Civil Veterinary Dept. Bombay admin report 1932-41 - 1932-1941
Year: 1932
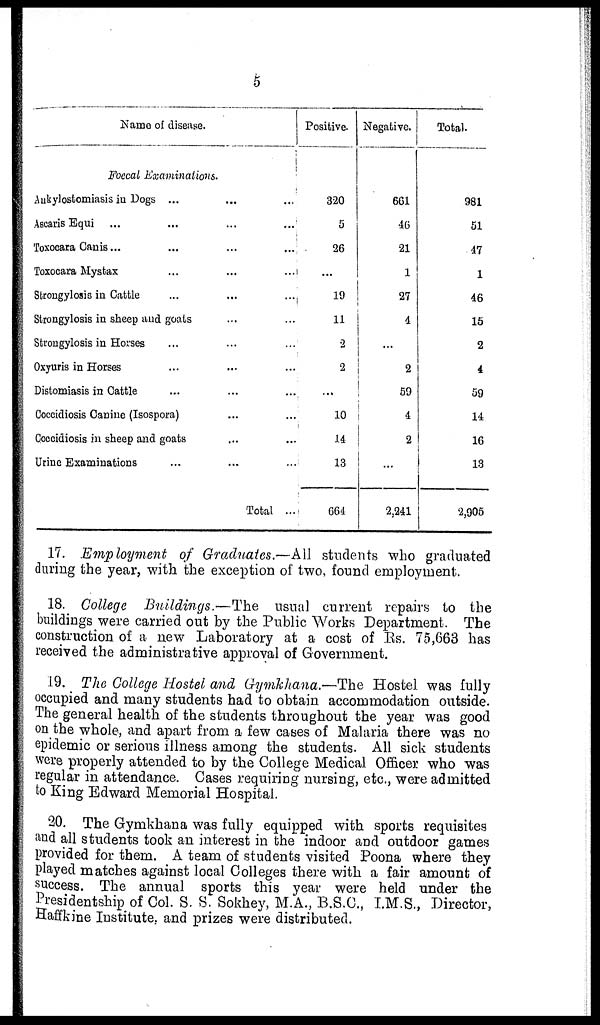
5
Name of disease.
Foccal Examinations.
Ankylostomiasis in Dogs ... ... ...
Ascaris Equi ... ... ... ...
Toxocara Canis ... ... ... ...
Toxocara Mystax ... ... ...
Strongylosis in Cattle ... ... ...
Strongylosis in sheep and goats ... ...
Strongylosis in Horses ... ... ...
Oxyuris in Horses ... ... ...
Distomiasis in Cattle ... ... ...
Coccidiosis Canine (Isospora) ... ...
Coccidiosis in sheep and goats ... ...
Urine Examinations ... ... ...
Total ...
Positive.
320
5
26
...
19
11
2
2
...
10
14
13
664
Negative.
661
46
21
1
27
4
...
2
59
4
2
...
2,241
Total.
981
51
47
1
46
15
2
4
59
14
16
13
2,905
17. Employment of Graduates.—All students who graduated
during the year, with the exception of two, found employment.
18. College Buildings.—The usual current repairs to the
buildings were carried out by the Public Works Department. The
construction of a new Laboratory at a cost of Rs. 75,663 has
received the administrative approval of Government.
19. The College Hostel and Gymkhana.—The Hostel was fully
occupied and many students had to obtain accommodation outside.
The general health of the students throughout the year was good
on the whole, and apart from a few cases of Malaria there was no
epidemic or serious illness among the students. All sick students
were properly attended to by the College Medical Officer who was
regular in attendance. Cases requiring nursing, etc., were admitted
to King Edward Memorial Hospital.
20. The Gymkhana was fully equipped with sports requisites
and all students took an interest in the indoor and outdoor games
provided for them. A team of students visited Poona where they
played matches against local Colleges there with a fair amount of
success. The annual sports this year were held under the
Presidentship of Col. S. S. Sokhey, M.A., B.S.C., I.M.S., Director,
Haffkine Institute, and prizes were distributed.